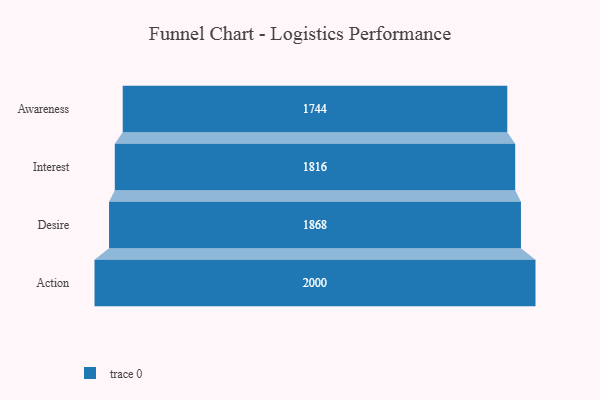
{"axis": {"x": "Stage", "y": "Value"}, "legend": [""], "data": [{"x": "Awareness", "y": 1744.0, "type": ""}, {"x": "Interest", "y": 1816.0, "type": ""}, {"x": "Desire", "y": 1868.0, "type": ""}, {"x": "Action", "y": 2000, "type": ""}]}